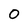
Character: 0